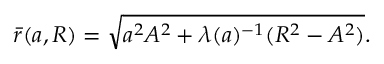
\begin{array} { r } { \bar { r } ( { a } , R ) = \sqrt { { a } ^ { 2 } A ^ { 2 } + \lambda ( { a } ) ^ { - 1 } ( R ^ { 2 } - A ^ { 2 } ) } . } \end{array}